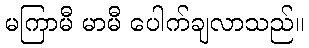
မကြာမီ မာမီ ပေါက်ချလာသည်။